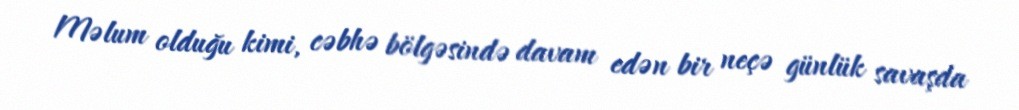
Məlum olduğu kimi, cəbhə bölgəsində davam edən bir neçə günlük savaşda